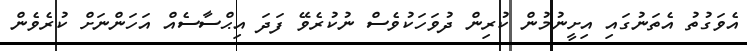
އެވަގުތު އެތަނުގައި އިށީނުމުން ކުރިން ދުވަހަކުވެސް ނުކުރެވޭ ފަދަ އިޙްސާސެއް އަހަންނަށް ކުރެވެން